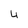
Character: 4